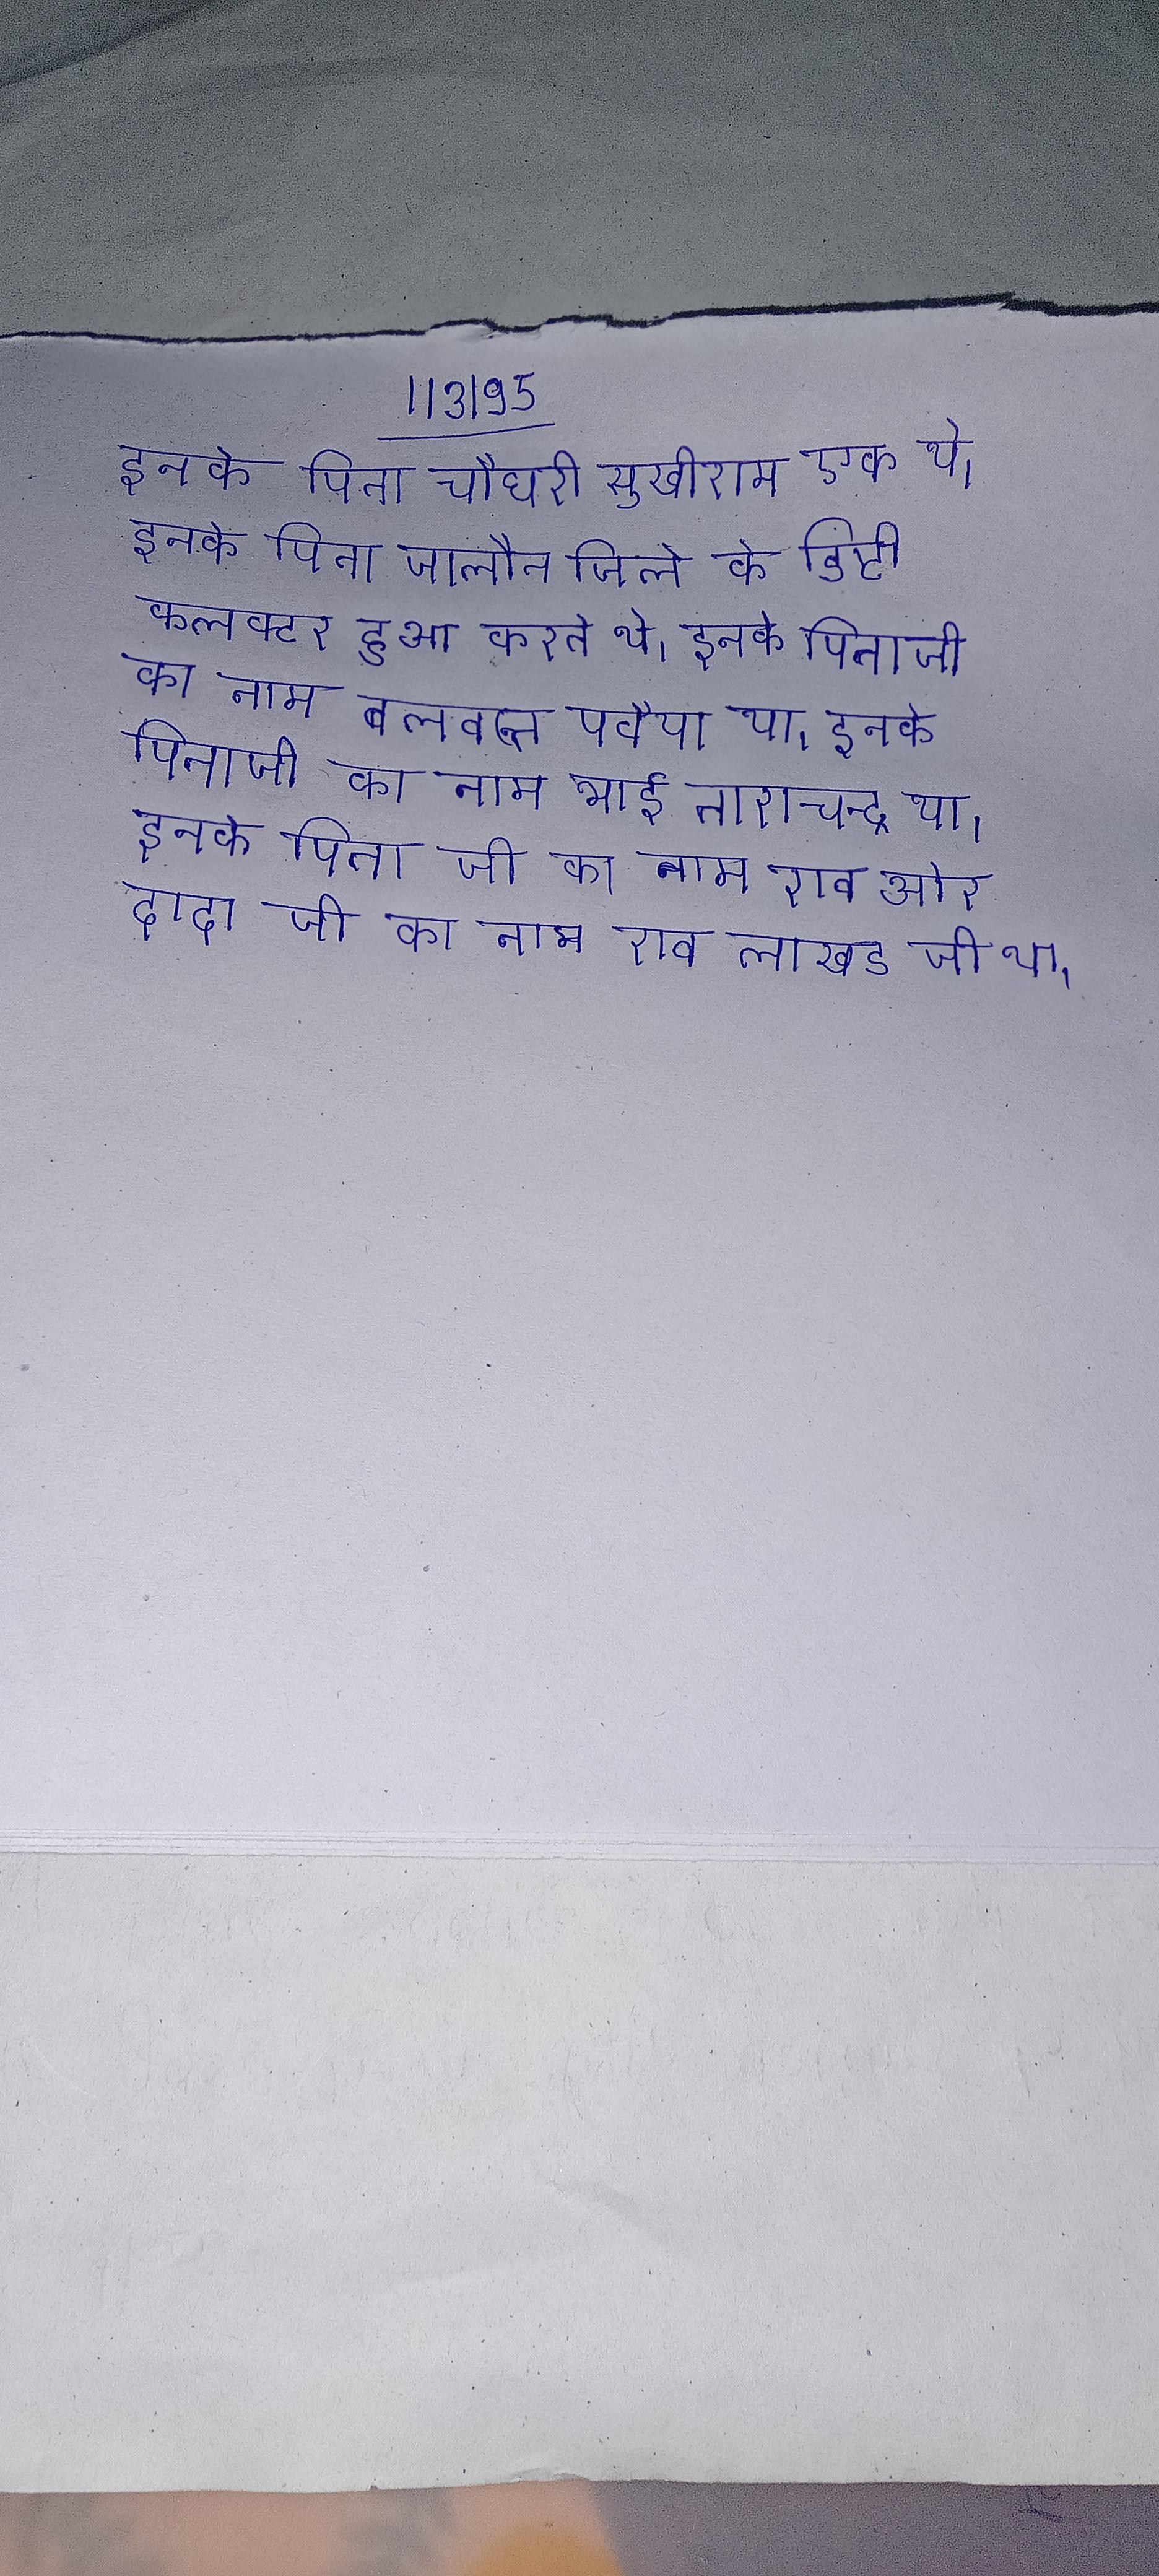
इनके पिता चौधरी सुखीराम एक थे । इनके पिता जालौन जिले के डिप्टी कलक्टर हुआ करते थे । इनके पिताजी का नाम बलवन्त पवैया था । इनके पिताजी का नाम भाई ताराचन्द्र था । इनके पिता जी का नाम राव और दादा जी का नाम राव लाखड जी था ।